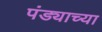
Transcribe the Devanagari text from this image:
पंड्याच्या